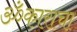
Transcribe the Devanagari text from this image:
ॐकाराचा